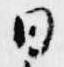
日